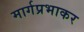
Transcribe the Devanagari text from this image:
मार्गप्रभाकर